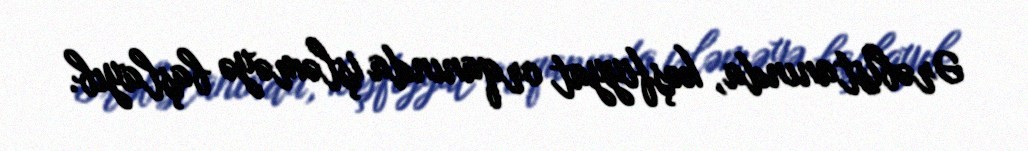
Ərəbistanında, kəşfiyyat orqanında işləməyə başlayıb.